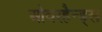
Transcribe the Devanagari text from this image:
ओवरहैन्ड्स